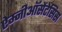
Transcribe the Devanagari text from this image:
ऐम्नीऑसेंटेसिस